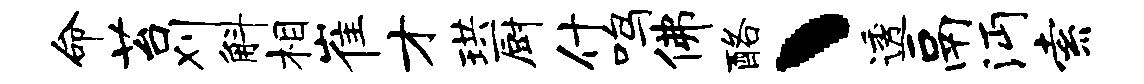
命苔刈斛相崔才珙厨什鸣佛酪丶透鬲沔索